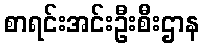
စာရင်းအင်းဦးစီးဌာန